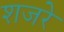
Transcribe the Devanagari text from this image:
शजरे